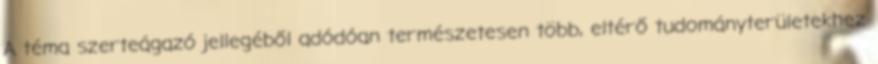
A téma szerteágazó jellegéből adódóan természetesen több, eltérő tudományterületekhez